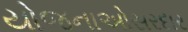
યોજનાઓસરદાર